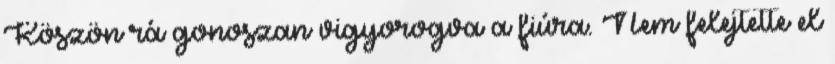
Köszön rá gonoszan vigyorogva a fiúra. Nem felejtette el